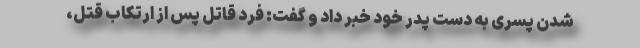
شدن پسری به دست پدر خود خبر داد و گفت: فرد قاتل پس از ارتکاب قتل،